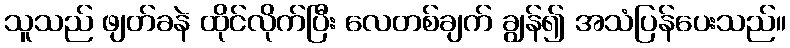
သူသည် ဖျတ်ခနဲ ထိုင်လိုက်ပြီး လေတစ်ချက် ချွန်၍ အသံပြန်ပေးသည်။